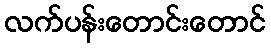
လက်ပန်းတောင်းတောင်